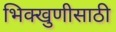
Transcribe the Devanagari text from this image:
भिक्खुणीसाठी